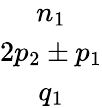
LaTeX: \begin{array}{c}{n_{1}}\\ {2p_{2}\pm p_{1}}\\ {q_{1}}\end{array}